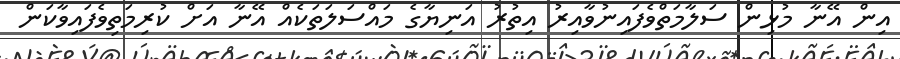
އިން އޭނާ މުޅިން ސަލާމަތްވެފައިނުވާއިރު އިތުރު އަނިޔާގެ މައްސަލަތަކެއް އޭނާ އަށް ކުރިމަތިވެފައިވާކަން